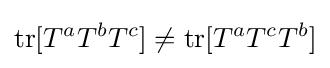
{\text{tr}}[T^{a}T^{b}T^{c}]\neq {\text{tr}}[T^{a}T^{c}T^{b}]